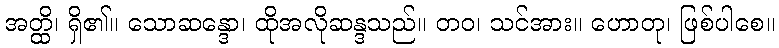
အတ္ထိ၊ ရှိ၏။ သောဆန္ဒော၊ ထိုအလိုဆန္ဒသည်။ တဝ၊ သင်အား။ ဟောတု၊ ဖြစ်ပါစေ။